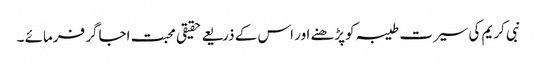
نبی کریم کی سیرت طیبہ کوپڑھنے اور اس کے ذریعے حقیقی محبت اجاگر فرمائے ۔